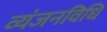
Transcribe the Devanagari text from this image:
व्यंजनविधि